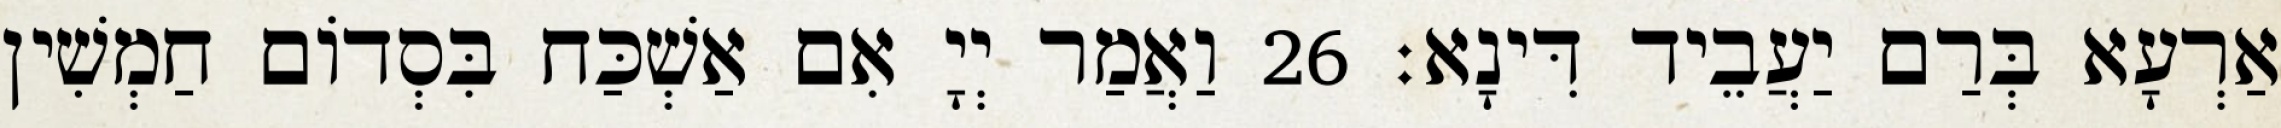
אַרְעָא בְּרַם יַעֲבֵיד דִּינָא׃ 26 וַאֲמַר יְיָ אִם אַשְׁכַּח בִּסְדוֹם חַמְשִׁין